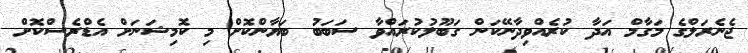
ޖެނެރަލްގެ މަގާމް އަދާ ކުރެއްވިދާނޭކަން ގަބޫލުކުރައްވާ ސަބަބު ބަޔާންކޮށް މި ކޮމިޝަނަށް އެޑްރެސްކޮށް